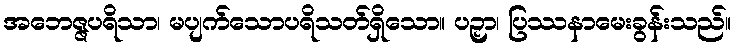
အဘေဇ္ဇပရိသာ၊ မပျက်သောပရိသတ်ရှိသော။ ပဉှာ၊ ပြဿနာမေးခွန်းသည်။